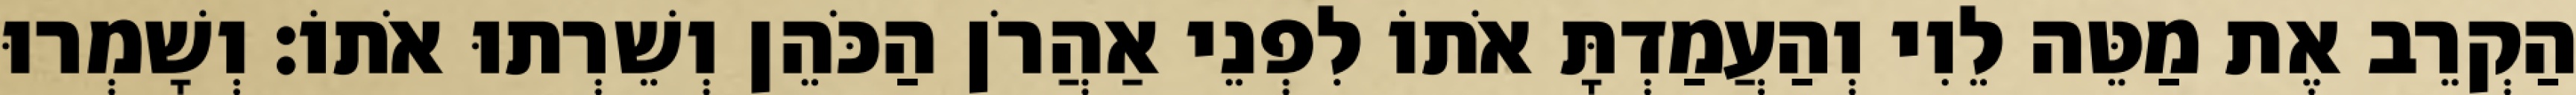
הַקְרֵב אֶת מַטֵּה לֵוִי וְהַעֲמַדְתָּ אֹתוֹ לִפְנֵי אַהֲרֹן הַכֹּהֵן וְשֵׁרְתוּ אֹתוֹ׃ וְשָׁמְרוּ